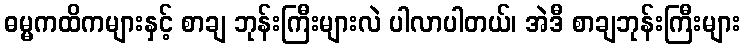
ဓမ္မကထိကများနှင့် စာချ ဘုန်းကြီးများလဲ ပါလာပါတယ်၊ အဲဒီ စာချဘုန်းကြီးများ